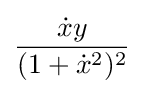
{\frac {{\dot {x}}y}{(1+{\dot {x}}^{2})^{2}}}